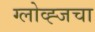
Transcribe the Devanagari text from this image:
ग्लोव्ह्जचा